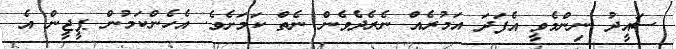
ސައީދު ނިންމެވީ އެފަދަ އަމުރެއް ނެރެދެވެން ނެތް ކަމަށެވެ. އެހެންކަމުން ޕީޖީން އެ